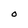
Character: O